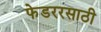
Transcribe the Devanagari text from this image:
फेडररसाठी